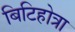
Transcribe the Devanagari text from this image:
बिटिहोत्रा